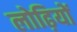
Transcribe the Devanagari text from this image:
लोढ़ियों